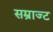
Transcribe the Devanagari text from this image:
सम्राज्ट